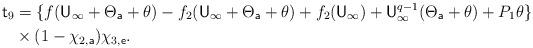
LaTeX: \begin{align*} {\sf t}_9 &= \{ f({\sf U}_\infty+\Theta_{\sf a}+\theta) - f_2({\sf U}_\infty+\Theta_{\sf a}+\theta) + f_2({\sf U}_\infty) + {\sf U}_\infty^{q-1} (\Theta_{\sf a}+\theta) + P_1\theta \} \\ & \times (1-\chi_{2,{\sf a}}) \chi_{3,{\sf e}}. \end{align*}